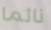
نائما